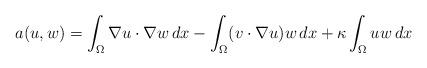
LaTeX: \begin{align*}a(u,w) = \int_\Omega \nabla u \cdot \nabla w \, dx - \int_\Omega (v \cdot \nabla u) w \, dx + \kappa \int_\Omega u w \, dx\end{align*}